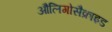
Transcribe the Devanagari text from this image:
औलिगोसैक्राइड